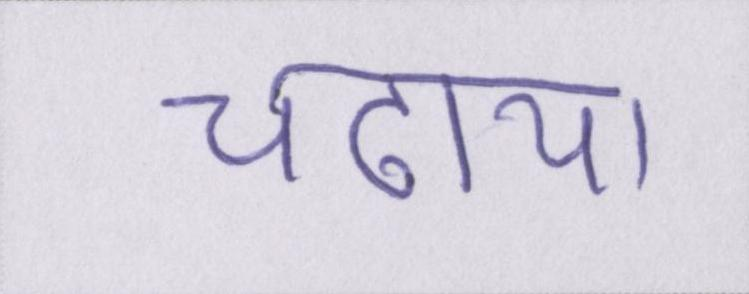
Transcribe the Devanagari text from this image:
चढ़ाया